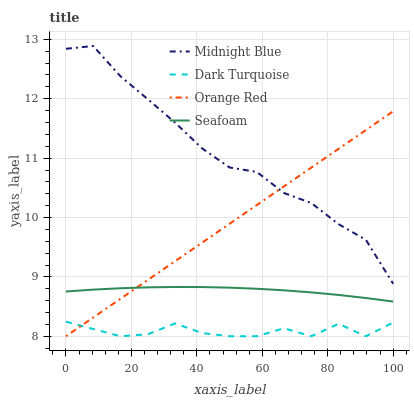
| xaxis_label | Midnight Blue | Dark Turquoise | Orange Red | Seafoam |
 | --- | --- | --- | --- | --- |
 | 0 | 12.8 | 8.24 | 8 | 8.75 |
 | 8.33 | 12.9 | 8.12 | 8.32 | 8.79 |
 | 16.7 | 12.4 | 8 | 8.63 | 8.81 |
 | 25 | 12 | 8.03 | 8.95 | 8.82 |
 | 33.3 | 11.6 | 8.21 | 9.26 | 8.83 |
 | 41.7 | 11.2 | 8.05 | 9.58 | 8.83 |
 | 50 | 10.8 | 8 | 9.89 | 8.82 |
 | 58.3 | 10.8 | 8 | 10.2 | 8.8 |
 | 66.7 | 10.4 | 8.13 | 10.5 | 8.77 |
 | 75 | 10.2 | 8 | 10.8 | 8.74 |
 | 83.3 | 9.89 | 8.21 | 11.2 | 8.7 |
 | 91.7 | 9.62 | 8 | 11.5 | 8.64 |
 | 100 | 8.88 | 8.23 | 11.8 | 8.58 |